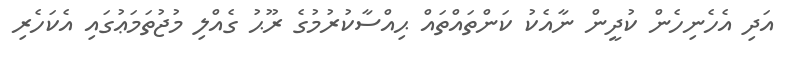
އަދި އެހެނިހެން ކުދީން ނާއެކު ކަންތައްތައް ޙިއްސާކުރުމުގެ ރޫޙު ގެއްލި މުޖުތަމަޢުގައި އެކަހެރި